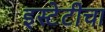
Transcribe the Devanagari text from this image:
इस्टेटीचा